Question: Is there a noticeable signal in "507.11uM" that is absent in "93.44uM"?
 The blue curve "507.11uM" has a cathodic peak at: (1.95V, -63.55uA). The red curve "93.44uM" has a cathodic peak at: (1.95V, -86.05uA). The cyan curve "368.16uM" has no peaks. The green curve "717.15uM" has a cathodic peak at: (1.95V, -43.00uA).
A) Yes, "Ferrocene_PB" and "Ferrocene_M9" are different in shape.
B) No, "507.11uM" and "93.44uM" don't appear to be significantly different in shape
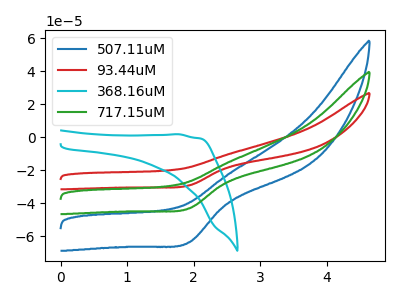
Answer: <think>All the peaks in "507.11uM" have a peak in "93.44uM" at the same potential. Every peak in "507.11uM" is lower than every peak in "93.44uM".
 </think>
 <answer>B) No, "507.11uM" and "93.44uM" don't appear to be significantly different in shape</answer>
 <eval>B</eval>